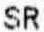
SR